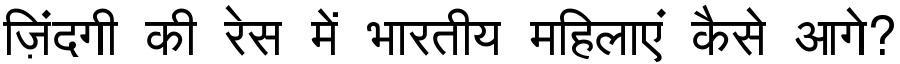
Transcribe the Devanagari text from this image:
ज़िंदगी की रेस में भारतीय महिलाएं कैसे आगे?